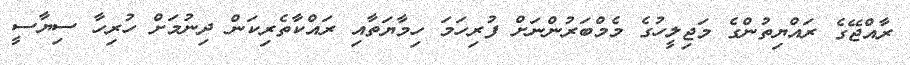
ރާއްޖޭގެ ރައްޔިތުންގެ މަޖިލީހުގެ މެމްބަރުންނަށް ފުރިހަމަ ހިމާޔަތާއި ރައްކާތެރިކަން ދިނުމަށް ހުރިހާ ސިޔާސީ